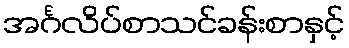
အင်္ဂလိပ်စာသင်ခန်းစာနှင့်